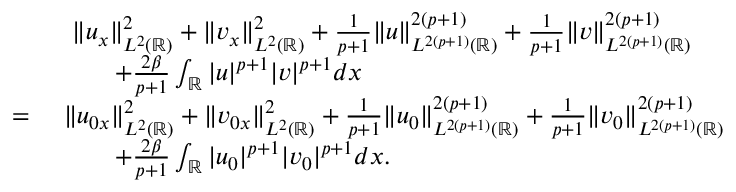
\begin{array} { r l } & { \ \| u _ { x } \| _ { L ^ { 2 } ( \mathbb { R } ) } ^ { 2 } + \| v _ { x } \| _ { L ^ { 2 } ( \mathbb { R } ) } ^ { 2 } + \frac { 1 } { p + 1 } \| u \| _ { L ^ { 2 ( p + 1 ) } ( \mathbb { R } ) } ^ { 2 ( p + 1 ) } + \frac { 1 } { p + 1 } \| v \| _ { L ^ { 2 ( p + 1 ) } ( \mathbb { R } ) } ^ { 2 ( p + 1 ) } } \\ & { \qquad + \frac { 2 \beta } { p + 1 } \int _ { \mathbb { R } } | u | ^ { p + 1 } | v | ^ { p + 1 } d x } \\ { = \ } & { \| u _ { 0 x } \| _ { L ^ { 2 } ( \mathbb { R } ) } ^ { 2 } + \| v _ { 0 x } \| _ { L ^ { 2 } ( \mathbb { R } ) } ^ { 2 } + \frac { 1 } { p + 1 } \| u _ { 0 } \| _ { L ^ { 2 ( p + 1 ) } ( \mathbb { R } ) } ^ { 2 ( p + 1 ) } + \frac { 1 } { p + 1 } \| v _ { 0 } \| _ { L ^ { 2 ( p + 1 ) } ( \mathbb { R } ) } ^ { 2 ( p + 1 ) } } \\ & { \qquad + \frac { 2 \beta } { p + 1 } \int _ { \mathbb { R } } | u _ { 0 } | ^ { p + 1 } | v _ { 0 } | ^ { p + 1 } d x . } \end{array}